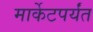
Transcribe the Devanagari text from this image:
मार्केटपर्यंत